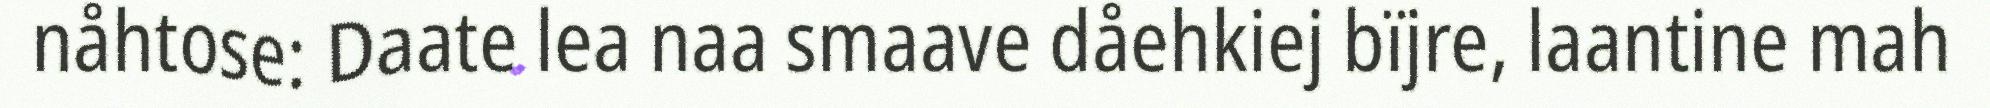
nåhtose: Daate lea naa smaave dåehkiej bïjre, laantine mah